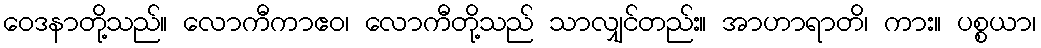
ဝေဒနာတို့သည်။ လောကီကာဧဝ၊ လောကီတို့သည် သာလျှင်တည်း။ အာဟာရာတိ၊ ကား။ ပစ္စယာ၊